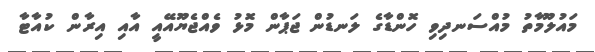
މައުލޫމާތު މުއްސަނދިވި ހޮންޑާގެ ލަނޑުން ޖަޕާން މޮޅު ވެއްޖެޔޫއޭއީ އާއި އިރާން ކުއާޓާ